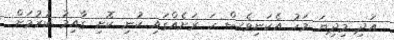
އަދި މިދިޔަ މަހު އެކަނިވެސް ހަ ރަށެއްގައި ކުނި ކޮށި ގާއިމު ކުރުމަށް